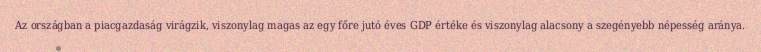
Az országban a piacgazdaság virágzik, viszonylag magas az egy főre jutó éves GDP értéke és viszonylag alacsony a szegényebb népesség aránya.